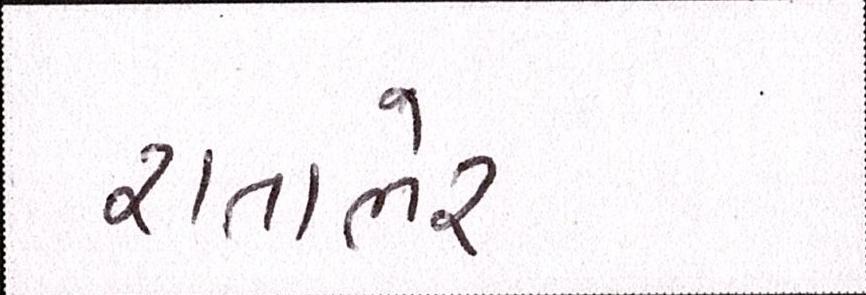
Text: રાતાભેર